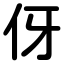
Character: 伢